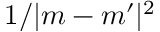
1 / | m - m ^ { \prime } | ^ { 2 }